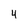
Character: 4